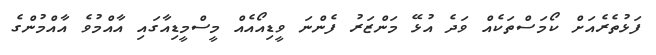
ފަޅުތެރެއަށް ކޯމަސްތަކެއް ވަދެ އުޅޭ މަންޒަރު ފެންނަ ވީޑިއޯއެއް މީސްމީޑިއާގައި އާއްމުވެ އާއްމުންގެ